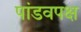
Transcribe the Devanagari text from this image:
पांडवपक्ष